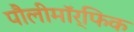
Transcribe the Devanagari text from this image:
पौलीमॉर्फिक